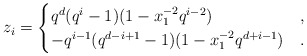
\begin{align*}z_i &= \begin{cases} q^d(q^i-1)(1-x_1^{-2} q^{i-2} ) & , \\ - q^{i-1} (q^{d-i+1}-1)(1- x_1^{-2} q^{d+i-1}) & . \end{cases}\end{align*}